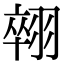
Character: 𦑋